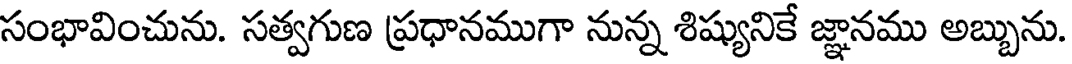
సంభావించును. సత్వగుణ ప్రధానముగా నున్న శిష్యునికే జ్ఞానము అబ్బును.